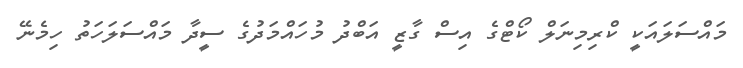
މައްސަލައަކީ ކްރިމިނަލް ކޯޓްގެ އިސް ގާޒީ އަބްދު މުހައްމަދުގެ ސީދާ މައްސަލަހަތު ހިމެނޭ